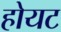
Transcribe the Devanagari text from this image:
होयट